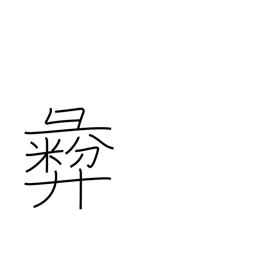
Meaning: moral principle